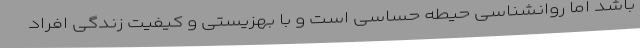
باشد اما روانشناسی حیطه حساسی است و با بهزیستی و کیفیت زندگی افراد